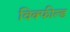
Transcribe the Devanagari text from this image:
विक्फील्ड